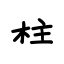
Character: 柱